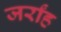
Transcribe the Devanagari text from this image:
जर्रांह